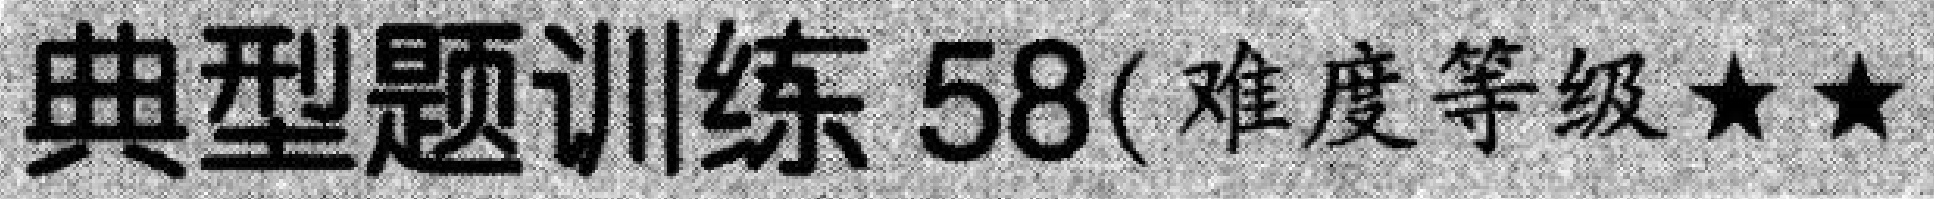
典型题训练 58(难度等级$\star\star$)